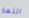
النهار